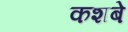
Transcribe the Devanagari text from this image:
कशबे